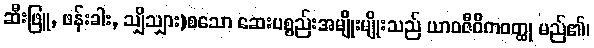
ဆီးဖြူ, ဖန်းခါး, သျှိသျှား)စသော ဆေးပစ္စည်းအမျိုးမျိုးသည် ယာဝဇီဝိကဝတ္ထု မည်၏၊